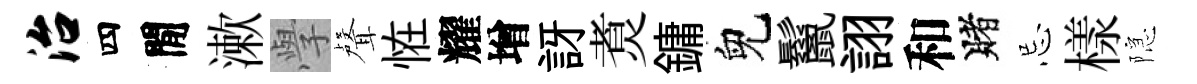
治四閒漱𭓕聲恠耀增訝煑鏞兒鬣詡和賭忌樣隠